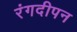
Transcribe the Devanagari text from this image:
रंगदीपन